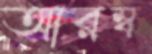
আরম্ব